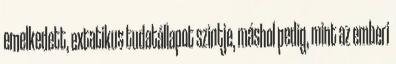
emelkedett, extatikus tudatállapot szintje, máshol pedig, mint az emberi